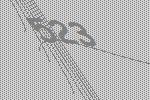
523